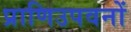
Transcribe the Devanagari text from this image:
प्राणिउपवनों